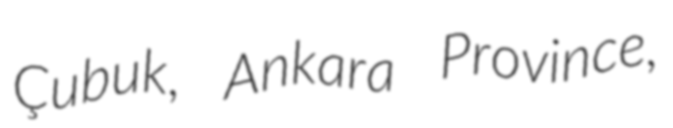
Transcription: Çubuk, Ankara Province,